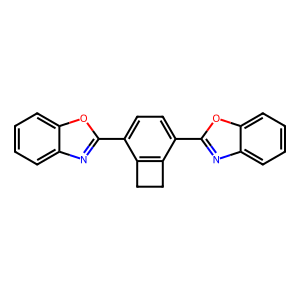
SMILES: c1ccc2oc(-c3ccc(-c4nc5ccccc5o4)c4c3CC4)nc2c1
Inhibits HIV replication: No